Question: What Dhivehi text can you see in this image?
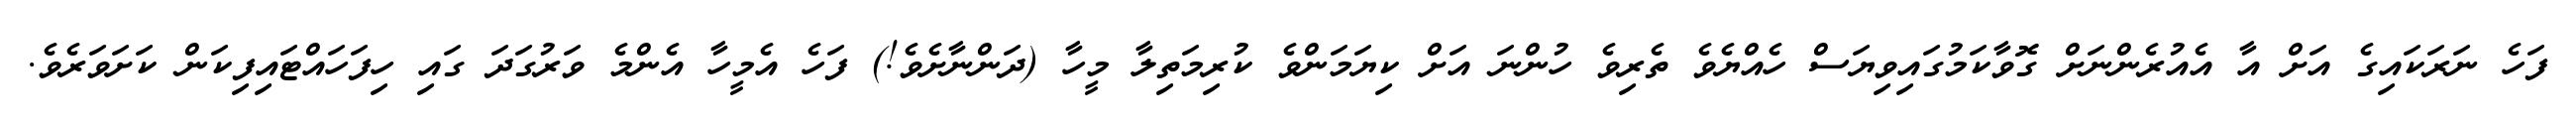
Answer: ފަހެ ނަރަކައިގެ އަށް އާ އެއުރެންނަށް ގޮވާކަމުގައިވިޔަސް ހެއްޔެވެ ތެރިވެ ހުންނަ އަށް ކިޔަމަންވެ ކުރިމަތިލާ މީހާ (ދަންނާށެވެ!) ފަހެ އެމީހާ އެންމެ ވަރުގަދަ ގައި ހިފަހައްޓައިފިކަން ކަށަވަރެވެ.